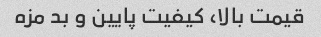
قیمت بالا‌، کیفیت پایین و بد مزه